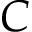
C